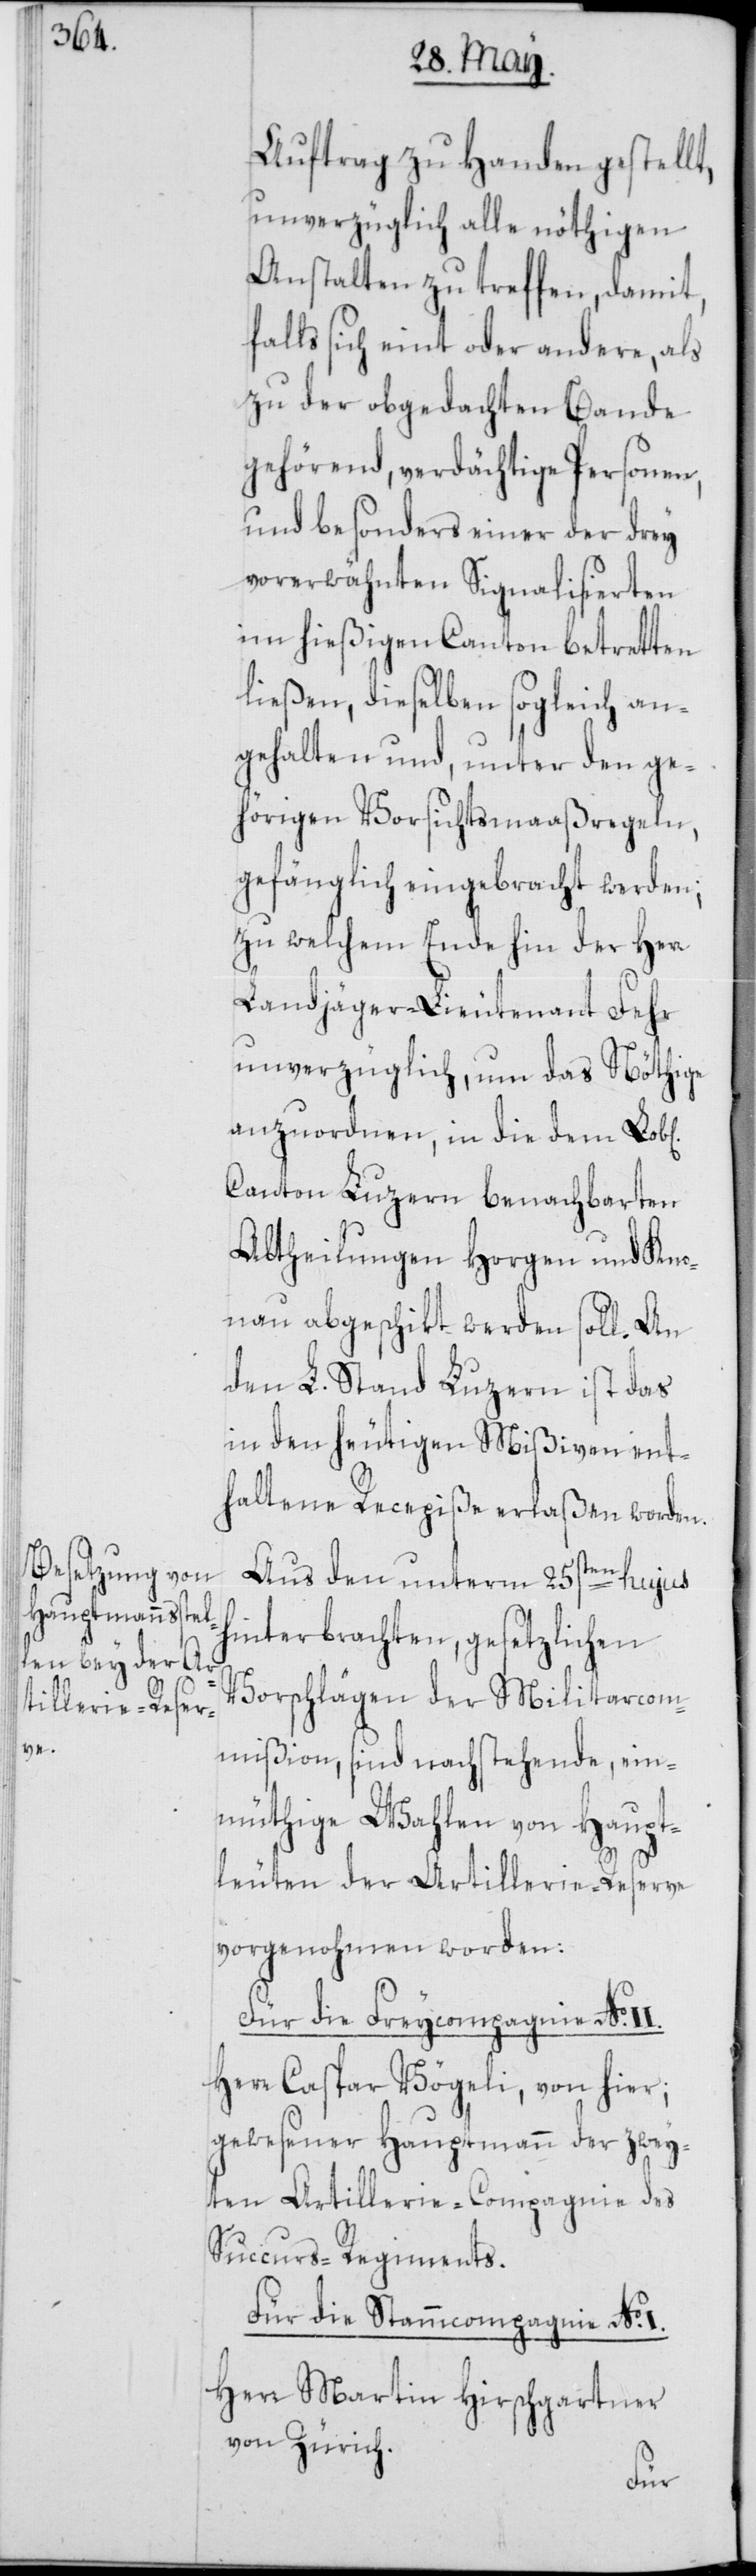
Auftrag zu Handen gestellt,
unverzüglich alle nöthigen
Anstalten zu treffen, damit,
falls sich eint oder andere, als
zu der obgedachten Bande
gehörend, verdächtige Personen,
und besonders einer der drey
vorerwähnten Signalisierten
im hießigen Canton betretten
ließen, dieselben sogleich an¬
gehalten und, unter den ge¬
hörigen Vorsichtsmaaßregeln,
gefänglich eingebracht werden;
zu welchem Ende hin der Herr
Landjäger-Lieutenant Fehr
unverzüglich, um das Nöthige
anzuordnen, in die dem Lob[l¬
Canton Luzern benachbarten
Abtheilungen Horgen und Kno¬
nau abgeschikt werden soll. An
den L. Stand Luzern ist das
in den heutigen Mißiven ent¬
haltene Recepiße erlaßen worden.
Aus den unterm 25sten hujus
hinterbrachten, gesetzlichen
Vorschlägen der Militaicom¬
mißion, sind nachstehende, ein¬
müthige Wahlen von Haupt¬
leuten der Artillerie-Reserve
vorgenohmen worden:
Für die Freycompagnie No.
Herr Caspar Vögeli, von hier;
gewesener Hauptmann der zwey¬
ten Artillerie-Compagnie des
Succurs-Regiments.
Für die Stammcompagnie No. I.
Herr Martin Hirschgartner
von Zürich.
hen]